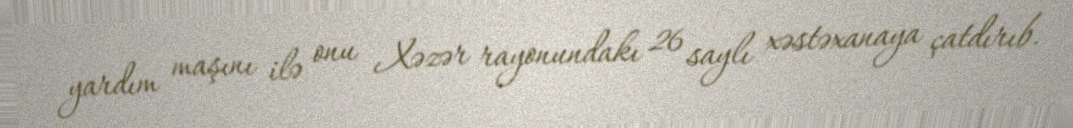
yardım maşını ilə onu Xəzər rayonundakı 26 saylı xəstəxanaya çatdırıb.